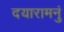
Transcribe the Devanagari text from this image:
दयारामनुं